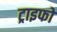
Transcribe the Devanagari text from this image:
ट्राइफो